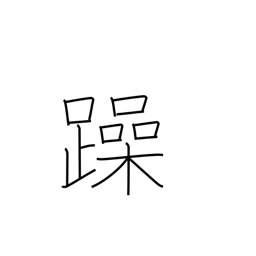
Meaning: noisy